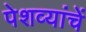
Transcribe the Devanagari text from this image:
पेशव्यांचें